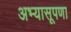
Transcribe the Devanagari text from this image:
अभ्यासूपणा